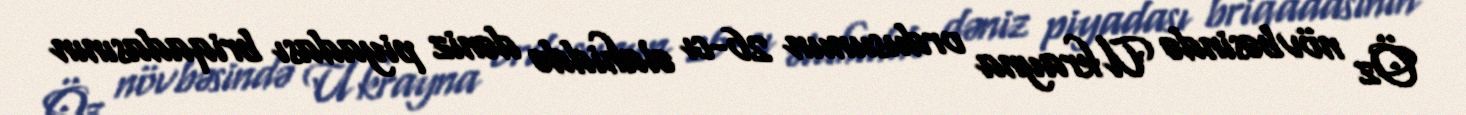
Öz növbəsində Ukrayna ordusunun 26-cı əlahiddə dəniz piyadası briqadasının